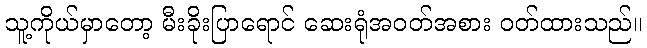
သူ့ကိုယ်မှာတော့ မီးခိုးပြာရောင် ဆေးရုံအဝတ်အစား ဝတ်ထားသည်။